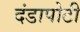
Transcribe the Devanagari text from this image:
दंडापोटी